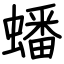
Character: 蟠